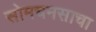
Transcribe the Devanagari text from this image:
सोमचमसाचा